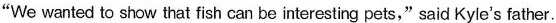
"We wanted to show that fish can be interesting pets," said Kyle's father.